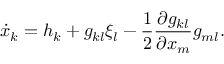
{ \dot { x } } _ { k } = h _ { k } + g _ { k l } \xi _ { l } - { \frac { 1 } { 2 } } { \frac { \partial g _ { k l } } { \partial { x _ { m } } } } g _ { m l } .